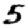
Digit: 5